Annual statistical returns and brief notes on vaccination in Bengal - 1909-1929
Year: 1909
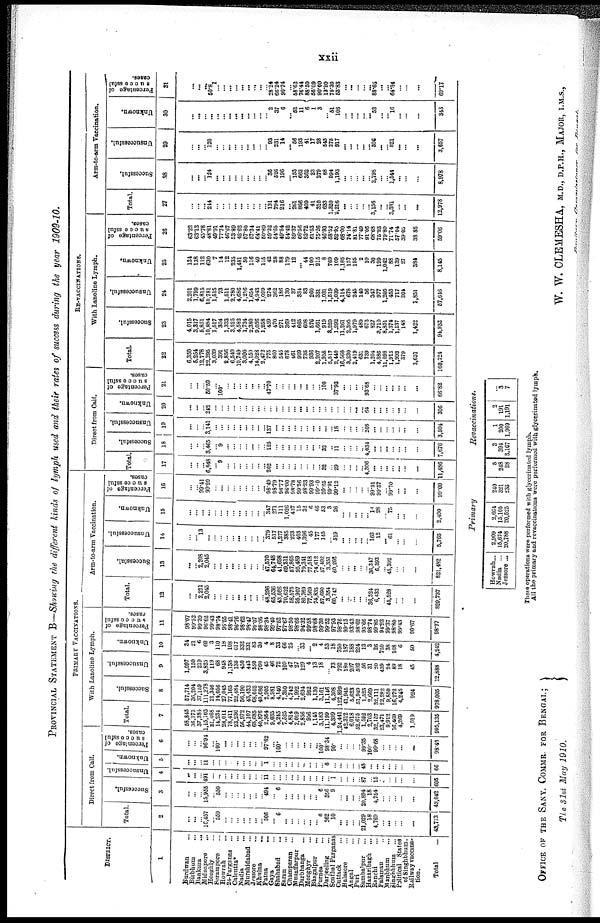
xxii
PROVINCIAL STATEMENT B—Showing the different kinds of lymph used and their rates of success during the year 1909-10.
DISTRICT.
1
Burdwan... ...
Birbhum... ...
Bankura...
...
Midnapore... ...
Hooghly... ...
Serampore... ...
Howrah... ...
24-Parganas... ...
Calcutta*
Nadia... ...
Murshidabad... ...
Jessore... ...
Khalna... ...
Patna... ...
Gaya... ...
Shahabad... ...
Saran... ...
Champaran... ...
Muzaffarpur... ...
Darbhanga... ...
Monghyr... ...
Bhagalpur... ...
Purnea... ...
Darjeeling... ...
Sonthal Parganas
Cuttack... ...
Balasore... ...
Angul... ...
Puri... ...
Sambalpur... ...
Hazaribagh... ...
Ranchi... ...
Palamau... ...
Manbhum... ...
Singhbhum... ...
Political States
of Singhbhum.
Railway vaccina-
tion.
Total...
PRIMARY VACCINATIONS.
Direct from Calf.
Total
2
...
...
...
16,457
...
550
...
...
...
...
...
...
...
506
...
6
...
...
...
...
...
...
...
362
10
...
...
...
...
21,029
18
4,769
...
...
...
...
...
43,713
Successful.
3
...
...
...
15,955
...
550
...
...
...
...
...
...
...
494
...
6
...
...
...
...
...
... 6
356
9
...
...
...
...
20,894
18
4,764
...
...
...
...
...
43,042
Unsuccessful.
4
...
...
...
491
...
...
...
...
...
...
...
...
...
11
...
...
...
...
...
...
...
...
...
6 1
...
...
...
...
87
...
15
...
...
...
...
...
605
Unknown.
5
...
...
...
11
...
...
...
...
...
...
...
...
... 1
...
...
...
...
...
...
...
...
...
6
...
...
...
...
...
48
...
...
...
...
...
...
...
66
Percentage of
Successful
cases.
6
...
...
...
96.94
...
100*
...
...
...
...
...
...
...
97.62
...
100*
...
...
...
...
...
...
100*
98.34
90
...
...
...
...
99.35
100*
99.68
...
...
...
...
...
98.43
With Lanoline Lymph.
Total.
7
58,845
36,375
37,384
1,15,163
21,468
14,234
28,011
78,411
23,236
56,972
44,107
68,685
40,876
2,964
9,035
4,245
7,525
4,814
2,019
2,856
956
1,145
3,183
11,199
4,399
1,24,441
42,312
6,018
52,675
1,592
2,703
32,157
23,471
9,912
16,469
4,269
1,019
995,135
Successful.
8
57,714
36,204
37,159
111,278
21,346
14,056
27,045
77,165
22,484
56,190
43,433
68,052
40,086
2,905
8,981
4,140
7,350
4,742
1,992
2,694
952
1,130
3,161
11,146
4,308
122,899
41,945
5,628
51,949
1,523
2,669
32,111
22,282
9,850
16,272
4,245
924
978,005
Unsuccessful.
9
1,097
150
219
3,825
119
68
948
1,138
135
450
443
550
760
45
46
72
109
47
27
129
4
13
18
...
73
792
180
207
502
56
31
20
439
24
89
18
45
12,888
Unknown.
10
34
21
6
60
3
110
18
108
617
332
231
83
30
4
8
33
66
25
...
33
...
2 4
53
18
750
187
188
224
13
3
26
750
38
108
6
60
4,242
Percentage of
successful
cases.
11
98.07
99.52
99.39
96.62
99.43
98.74
96.55
98.41
96.76
98.62
98.47
99.07
98.06
98.34
99.40
97.52
97.67
98.50
98.66
94.32
99.58
98.68
99.30
99.52
97.93
98.76
99.13
93.43
98.62
95.66
98.74
99.85
94.93
99.37
98.80
99.43
90.67
98.27
Arm-to-arm Vaccination.
Total.
12
...
...
2,221
2,045
...
...
...
...
...
...
...
...
...
48,296
65,536
43,086
70,622
58,575
95,907
80,769
77,569
74,835
57,690
3,354
60,747
...
...
...
...
...
36,524
6,433
...
45,528
...
...
...
829,737
Successful.
13
...
... 2,208
2,045
...
...
...
...
...
...
...
...
...
47,570
64,748
41,698
69,211
67,865
95,489
79,341
77,518
74,612
57,492
3,351
60,202
...
...
...
...
...
36,347
6,393
...
45,392
...
...
...
821,482
Unsuccessful.
14
...
... 13
...
...
...
...
...
...
...
...
...
...
379
517
1,277
385
273
403
1,396
45
177
145
...
519
...
...
...
...
...
163
12
...
61
...
...
...
5,765
Unknown.
15
...
...
...
...
...
...
...
...
...
...
...
...
...
347
271
111
1,026
437
15
32
6
46
53
3
26
...
...
...
...
...
14 28
...
75
...
...
...
2,490
Percentage of
successful
cases.
16
...
...
99.41
99.99
...
...
...
...
...
...
...
...
...
98.49
98.79
96.77
98.00
98.78
99.56
98.23
99.93
99.00
99.65
99.91
99.12
...
...
...
...
...
99.51
99.37
...
99.70
...
...
...
99.00
RE-VACCINATIONS.
Direct from Calf.
Total.
17
...
...
...
6,848
...
9
...
...
...
...
...
...
...
262
...
...
...
...
...
...
...
...
32
...
29
...
...
...
...
4,306
...
...
...
...
...
...
...
11,436
Successful.
18
...
...
...
3,465
...
9
...
...
...
...
...
...
...
125
...
...
...
...
...
...
...
...
32
...
11
...
...
...
...
4,034
...
...
...
...
...
...
...
7,676
Unsuccessful.
19
...
...
...
3,141
...
...
...
...
...
...
...
...
...
137
...
...
...
...
...
...
...
...
...
...
18
...
...
...
...
208
...
...
...
...
...
...
...
3,504
Unknown.
20
...
...
...
242
...
...
...
...
...
...
...
...
...
...
...
...
...
...
...
...
...
...
...
...
...
...
...
...
...
64
...
...
...
...
...
...
...
306
Percentage of
successful
cases.
21
...
...
...
50.59
...
100*
...
...
...
...
...
...
...
47.70
...
...
...
...
...
...
...
...
100
...
37.93
...
...
...
...
93.68
...
...
... ...
...
...
...
66.82
With Lanoline Lymph.
Total.
22
6,350
5,254
12,778
22,295
3,039
391
2,856
6,540
10,749
3,000
4,150
14,028
2,472
775
860
545
678
461
999
735
936
2,207
1,958
5,517
2,440
16,560
3,230
2,419
631
739
1,204
4,886
11,098
1,915
1,993
379
3,637
160,724
Successful.
23
4,015
3,317
5,851
10,884
1,517
304
1,333
3,525
4,582
1,734
2,380
9,036
1,268
459
470
271
369
412
665
608
576
1,661
919
3,229
1,292
11,261
2,395
1,979
489
673
827
3,710
8,851
1,374
1,137
148
1,422
94,933
Unsuccessful.
24
2,201
1,799
6,815
10,781
1,515
73
1,511
2,780
4,686
1,216
1,654
4,943
1,099
274
362
186
130
37
334
83
260
331
1,031
1,519
1,039
4,114
678
245
140
56
347
977
1,205
453
717
204
1,851
57,646
Unknown.
25
134
138
112
630
7
14
12
235
1,481
50
116
49
115
42
28
88
179
12
... 44
100
215
8
769
109
1,185
157
195
2
10
30
199
1,042
88
139
27
384
8,145
Percentage of
successful
cases.
26
63.22
63.13
45.78
48.81
49.91
77.74
46.67
53.89
42.62
57.80
57.34
64.41
50.89
59.22
54.65
49.54
54.42
89.37
66.56
82.72
61.53
75.26
46.93
58.52
52.95
68.00
74.14
81.81
77.49
91.06
68.68
76.93
79.80
71.74
57.04
39.05
38.88
59.06
Arm-to-arm Vaccination.
Total.
27
...
...
...
244
...
...
...
...
...
...
...
...
...
131
794
216
...
261
866
409
41
310
633
1,320
2,216
...
...
...
...
...
3,156
...
...
3,381
...
...
...
12,978
Successful.
28
...
...
...
1.24
...
...
...
...
...
...
...
...
...
36
526
196
...
153
662
362
23
279
88
994
1,193
...
...
...
...
...
2,798
...
...
1,544
...
...
...
8,978
Unsuccessful.
29
...
...
... 120
...
...
...
...
...
...
...
...
...
93
231
14
...
56
193
41
17
28
545
275
917
...
...
...
...
... 306
...
... 821
...
...
...
3,657
Unknown.
30
...
...
...
...
...
...
...
...
...
...
...
...
...
2
37
6
...
52
11
6
1
3
...
51
106
...
...
...
...
... 52
...
...
16
...
...
...
343
Percentage of
successful
cases.
31
...
...
...
50.8
1
...
...
...
...
... ...
...
...
28.24
66.24
90.74
...
58.62
76.44
88.50
56.09
90.00
13.90
75.30
53.83
...
...
...
... ...
88.65
...
...
64.84
...
...
...
69.17
Howrah...
Nadia ...
Jessore ...
Primary
2,909
15,674
20,788
2,664
15,106
20,525
240
321
235
5
248
28
Revaccinations.
3
394
3,167
1
200
1,969
2
191
1,191
...
3
7
These operations were performed with glycerinated lymph.
All the primary and revaccinations were performed with glycerinated lymph.
OFFICE OF THE SANY. COMMR. FOR BENGAL;
The 31st May 1910.
W. W. CLEMESHA, M.D., D.P.H., MAJOR, I.M.S.,
Sanitary
Commissioner
for
Bengal.